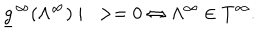
\underline { { { g } } } ^ { \infty } ( \Lambda ^ { \infty } ) \mid \cdot > = 0 \Leftrightarrow \Lambda ^ { \infty } \in T ^ { \infty } .